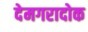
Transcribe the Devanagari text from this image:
देमगरादोक